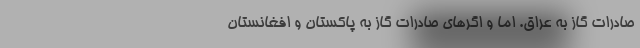
صادرات گاز به عراق. اما و اگرهای صادرات گاز به پاکستان و افغانستان